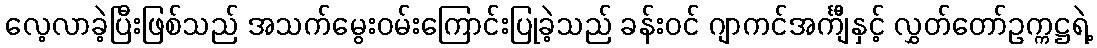
လေ့လာခဲ့ပြီးဖြစ်သည် အသက်မွေးဝမ်းကြောင်းပြုခဲ့သည် ခန်းဝင် ဂျာကင်အင်္ကျီနှင့် လွှတ်တော်ဥက္ကဋ္ဌရဲ့